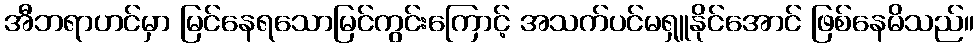
အီဘရာဟင်မှာ မြင်နေရသောမြင်ကွင်းကြောင့် အသက်ပင်မရှူနိုင်အောင် ဖြစ်နေမိသည်။